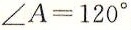
\angle A = 1 2 0 ^ { \circ }